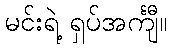
မင်းရဲ့ ရှပ်အင်္ကျီ။